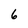
Character: 6